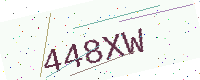
Text: 448XW